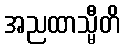
အညထာသ္မီတိ